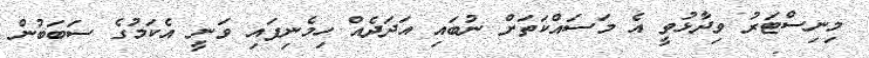
މިނިސްޓަރު ވިދާޅުވީ އެ މަސައްކަތަށް ނުބައި އަދަދެއް ހިމެނިފައި ވަނީ އެކަމުގެ ސަބަބުން